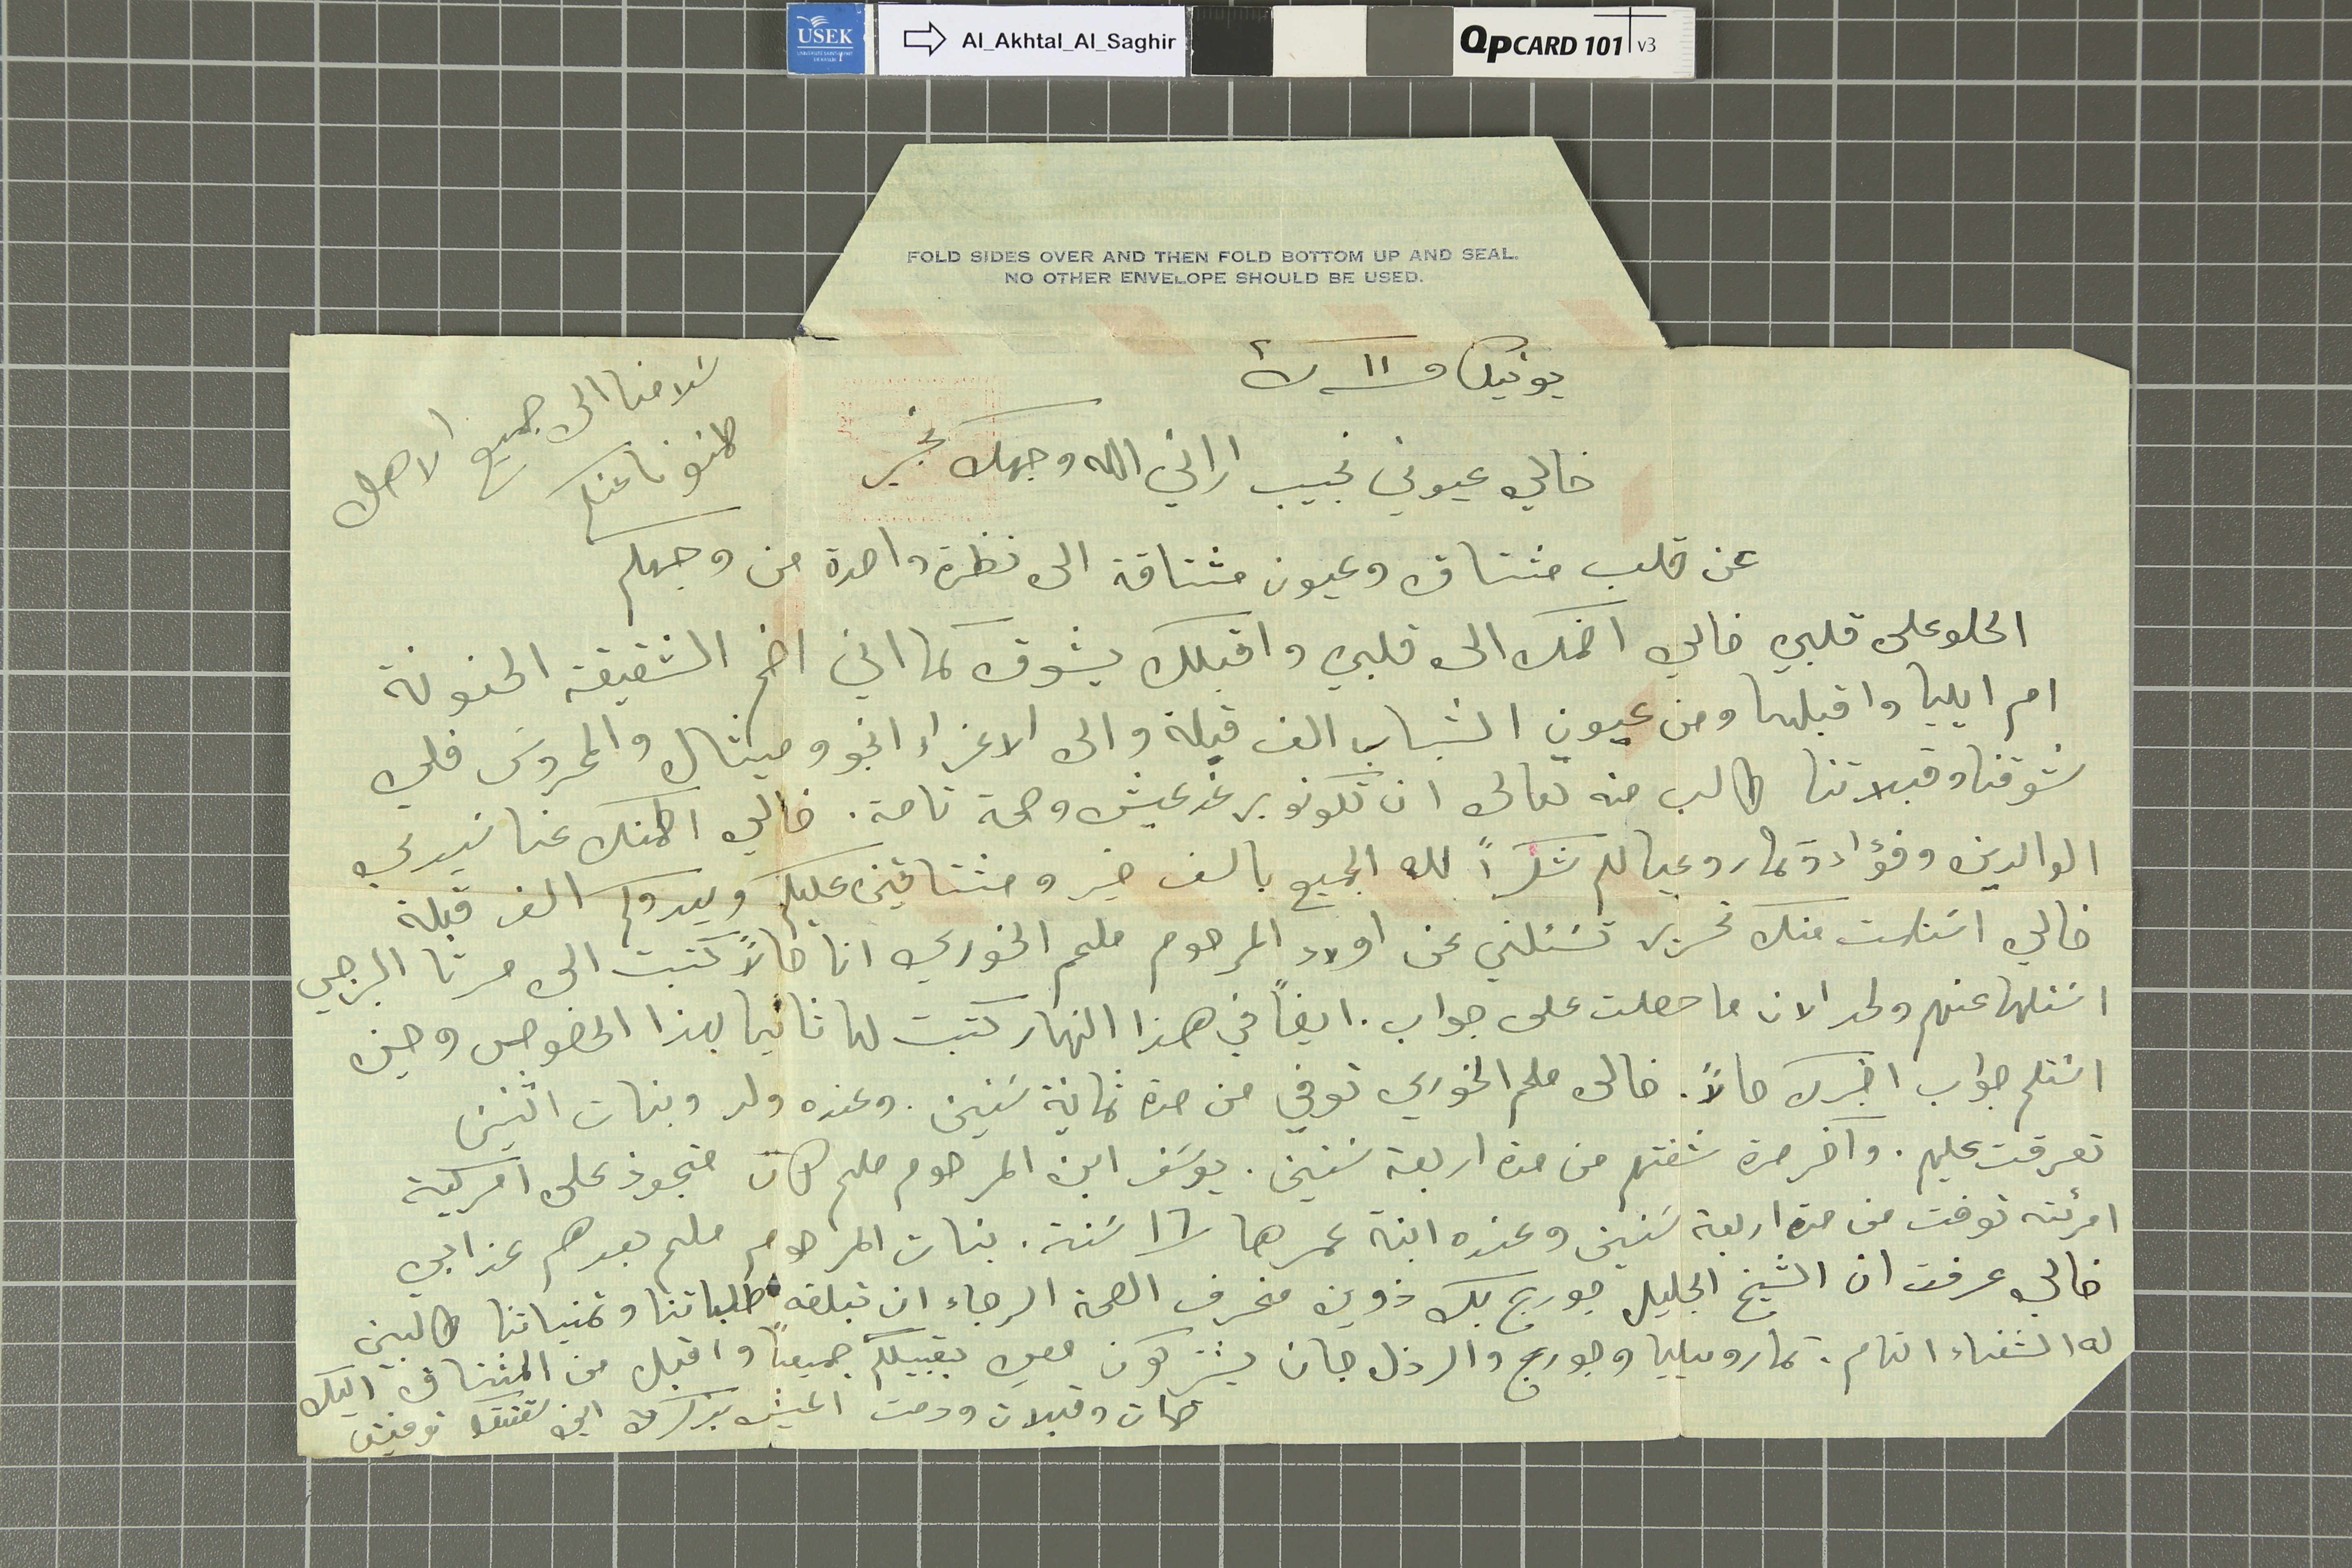
يونيك ف ١١ ك٢
خالي عيوني نجيب اراني الله وجهك بخير
سَلامنا الى جميع الاهل
طمنونا عنكم
ام ايليا واقبلها ومن عيون الشباب الف قبلة والى الاعزاء انجو وميشال والمحروسَ فلي
شوقنا وقبلاتنا طالب منه تعالى ان تكونو برغد عيش وصحة تامة. خالي اطمنك عنا سَيدي
الوالدين وفؤاد وتمار وعيالكم شكراً لله الجميع بالف خير ومشتاقين عليكم ويدوكم الف قبلة
خالي استلمت منك تحرير تسَئلني عن اولاد المرحوم ملحم الخوري انا حالاً كتبت الى مرتا البرجي
اسَئلها عنهم ولحد الان ما حصلت على جواب. ايضًا في هذا النهار كتبت لها ثانيا بهذا الخصوص وحين
استلم جواب اخبرك حالاً. خالى ملحم الخوري توفي من مدة ثمانية سَنين وعنده ولد وبنات اثنين
تعرفت عليهم. واخر مرة شفتهم من مدة اربعة سنين. يوسَف ابن المرحوم ملحم كان مجوذ على امركية
امرئته توفت من مدة اربعة سنين وعنده ابنة عمرها /١٦ سَنة . بنات المرحوم ملحم بعدهم عند ابي
خالي عرفت ان الشيخ الجليل جورج بك زوين منحرف الصحة الرجاء ان تبلغه طلباتنا وتمنياتنا طالبين
له الشفاء التام . تمار وميليا وجورج والرذل جان يشتركون معي بتقبيلكم جميعًا واقبل من المشتاق اليك
ضمات وقبلات ودمت اعيش بذكرك ابن شققك توفيق
عن قلب مشتاق وعيون مشتاقة الى نظرة واحدة من وجهكم
الحلو على قلبي خالي اضمك الى قلبي واقبلك بشوق كما اني اضم الشقيقة الحنونة
FOLD SIDES OVER AND THEN FOLD BOTTOM UP AND SEAL
NO OTHER ENVELOPE SHOULD BE USED.